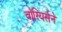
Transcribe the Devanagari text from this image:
वॉरियर्सने